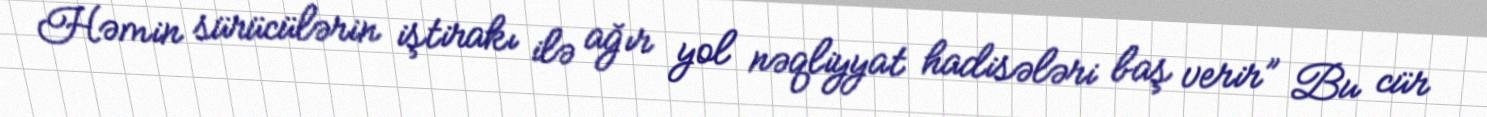
Həmin sürücülərin iştirakı ilə ağır yol nəqliyyat hadisələri baş verir” Bu cür